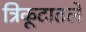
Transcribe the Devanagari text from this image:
त्रिकूटातले